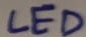
Text: LED